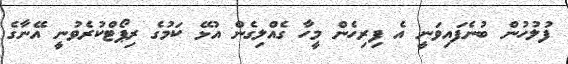
ފުލުހުން ބުނެފައިވަނީ އެ ފިރިހެން މީހާ ގެއްލިގެން އުޅޭ ކަމުގެ ރިޕޯޓްކުރެވުނީ އޭނާގެ